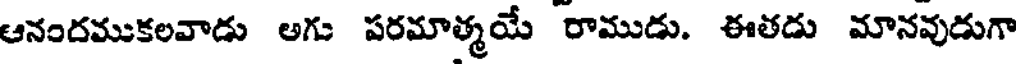
ఆనందముకలవాడు అగు పరమాత్మయే రాముడు. ఈతడు మానవుడుగా